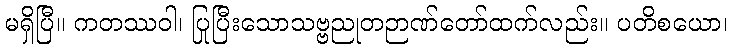
မရှိပြီ။ ကတဿဝါ၊ ပြုပြီးသောသဗ္ဗညုတဉာဏ်တော်ထက်လည်း။ ပတိစယော၊